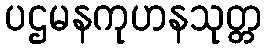
ပဌမနကုဟနသုတ္တ